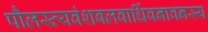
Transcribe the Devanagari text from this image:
पौलस्त्यवंशबलवार्धिवनावनस्य